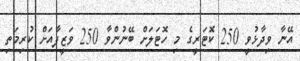
އޭނާ ވިދާޅުވީ 250 ކޮޓަރީގެ މި ހޮޓަލަށް ބޭނުންވާ 250 ވަޒީފާއަށް ކުރިމަތި